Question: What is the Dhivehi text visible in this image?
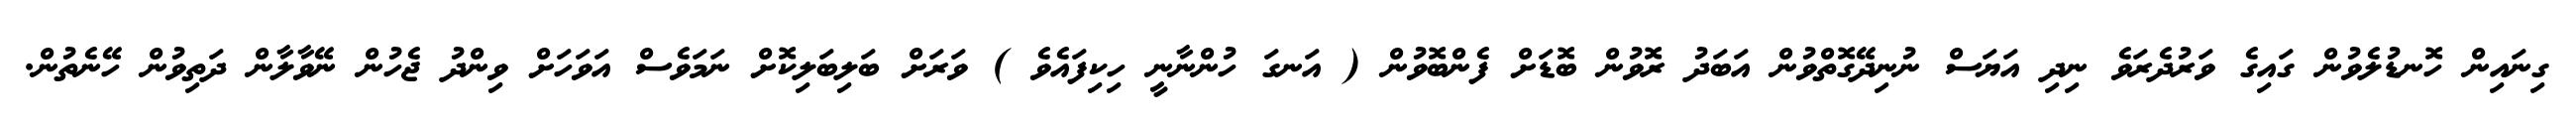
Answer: ގިނައިން ހޮނޑުލެވުން ގައިގެ ވަރުދެރަވެ ނިދި އަޔަސް ނުނިދޭގޮތްވުން އަބަދު ރޮވުން ބޮޑަށް ފެންބޮވުން ( އަނގަ ހުންނާނީ ހިކިފައެވެ ) ވަރަށް ބަލިބަލިކޮށް ނަމަވެސް އަވަހަށް ވިންދު ޖެހުން ނޭވާލާން ދަތިވުން ހޭނެތުން.